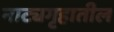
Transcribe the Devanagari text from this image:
नाट्यगृहातील